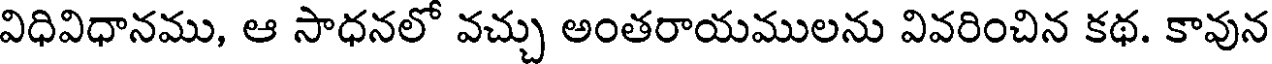
విధివిధానము, ఆ సాధనలో వచ్చు అంతరాయములను వివరించిన కథ. కావున